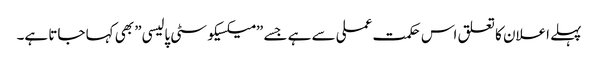
پہلے اعلان کا تعلق اس حکمت عملی سے ہے جسے ”میکسیکو سٹی پالیسی” بھی کہا جاتا ہے۔